Sketch of the medical history of the native army of Bombay, for the year
Year: 1872
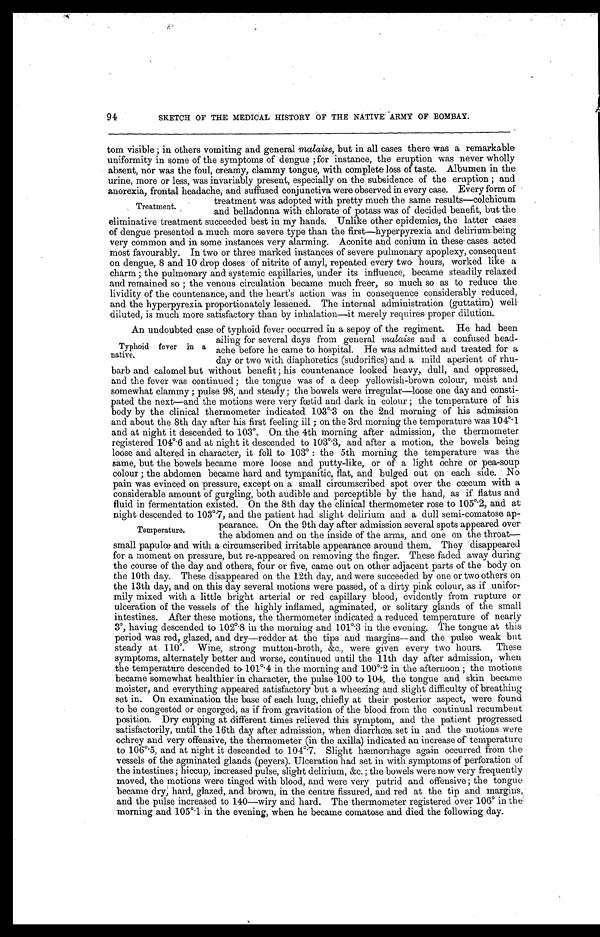
94
SKETCH OF THE MEDICAL HISTORY OF THE NATIVE ARMY OF BOMBAY.
Born visible ; in others vomiting and general malaise, but in all cases there was a remarkable
uniformity in some of the symptoms of dengue ; for instance, the eruption was never wholly
absent, nor was the foul, creamy, clammy tongue, with complete loss of taste. Albumen in the
urine, more or less, was invariably present, especially on the subsidence of the eruption ; and
anorexia, frontal headache, and suffused conjunctiva were observed in every case. Every form of
treatment was adopted with pretty much the same results—colchicum
T
and belladonna with chlorate of potass was of decided benefit, but the
eliminative treatment succeeded best in my hands. Unlike other epidemics, the latter cases
of dengue presented a much more severe type than the first-hyperpyrexia and delirium:being
very common and in some instances very alarming. Aconite and conium in these . cases. acted
most favourably. In two or three marked instances of severe pulmonary apoplexy, consequent
on dengue, 8 and 10 drop doses of nitrite of amyl, repeated every two , hours, worked like a
charm ; the pulmonary and systemic capillaries, under its influence, became steadily relaxed
and remained so ; the venous circulation became much freer, so much so as to reduce the
lividity of the countenance; and the heart's action was in consequence considerably reduced,
and the hyperpyrexia proportionately lessened. The internal administration (guttatim) well
diluted, is much more satisfactory than by inhalation—it merely requires proper dilution..
An undoubted case of typhoid fever occurred in a sepoy of the regiment. He had been
ailing for several days from general malaise and a confused head-
Typhoid fever in a ache before he came to hospital. He was admitted and treated. for a
native.
day or two with diaphoretics (sudorifics) and a mild aperient of rhu-
barb and calomel but without benefit ; his countenance looked heavy, dull, and oppressed,
and the fever was continued ; the tongue was of a deep yellowish-brown colour, moist and
somewhat clammy ; pulse 98, and steady; the bowels were irregular—loose one day and consti-
pated the next—and the motions were very fœtid and dark in colour ; the temperature of his
body by the clinical thermometer indicated 103°3 on the 2nd morning of his admission
and about the 8th day after his first feeling ill ; on the 3rd morning the temperature was 104°1
and at night it descended to 103°. On the 4th morning after admission, the thermometer
registered 104°6 and at night it descended to 103 0 3, and after a motion, the bowels being
loose and altered in character, it fell to 103° : the 5th morning the temperature was the
same, but the bowels became more loose and putty-like, or of a light ochre or pea-soup
colour ; the abdomen became hard and tympanitic, flat, and bulged out on each side. No
pain was evinced on pressure, except on a small circumscribed spot over the cœcum with a
considerable amount of gurgling, both audible and perceptible by the hand, as if flatus and
fluid in fermentation existed. On the 8th day the clinical thermometer rose to 105°2., and at
night descended to 103°7, and the patient had slight delirium and a dull semi-comatose ap-
pearance. On the 9th day after admission several spots appeared over
Temperature.
the abdomen and on the inside of the arms, and one on the throat—
small papulœ and with a circumscribed irritable appearance around them. They 'disappeared
for a moment on pressure, but re-appeared on removing the finger: These faded away during
the course of the day and others, four or five, came out on other adjacent parts of the body on
the 10th day. These disappeared on the 12th day, and were succeeded by one or two others on
the 13th day, and on this day several motions were passed, of a dirty pink colour, as if unifor-
-mily mixed with a little bright arterial or red capillary blood, evidently from rupture or
ulceration of the vessels of the highly inflamed, agminated, or solitary glands of the small
intestines. After these motions, the thermometer indicated a reduced temperature of nearly
3°, having descended to 102°8 in the morning and 101°3 in the evening. The tongue at this
period was red, glazed, and dry—redder at the tips and margins— and the pulse weak but
steady at 110°. Wine, strong mutton-broth, &c., were given every two hours. These
symptoms, alternately better and worse, continued until the 11th day after admission, when
the temperature descended to 101°4 in the morning and 100°2 in the afternoon ; the motions
became somewhat healthier in character, the pulse 100 to 104, the tongue and skin became
moister, and everything appeared satisfactory but a wheezing and slight difficulty of breathing
set in. On examination the base of each lung, chiefly at their posterior aspect, were found
to be congested or engorged, as if from gravitation of the blood from the continual recumbent'
position. Dry cupping at different times relieved this symptom, and the patient progressed
satisfactorily, until the 16th day after admission, when diarrhœa, set in and the motions were
ochrey and very offensive, the thermometer (in the axilla) indicated an increase of temperature
t o 0 1 1 0 6°5 , a n d a t n i g h t i t d e s c e n d e d t o 1 0 4°7 . S l i g h t h e m o r r h a g e a g a i n o c c u r r e d f r o m t h e
vessels of the agminated glands (peyers). Ulceration had set in with symptoms of perforation of
the intestines ; hiccup, increased pulse, slight delirium, &c. ; the bowels were now very frequently
moved, the motions were tinged with blood, and were very putrid and offensive ; the tongue
became dry; hard, glazed, and brown, in the centre fiss0ured, and red at the tip and margins,,
and the pulse increased to 140—wiry and hard. The thermometer registered over 106° in the
morning and 1050. 1 in the evening, when he became comatose and died the following . day.